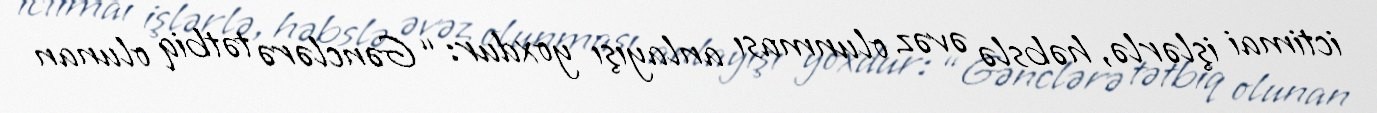
ictimai işlərlə, həbslə əvəz olunması anlayışı yoxdur: “Gənclərə tətbiq olunan